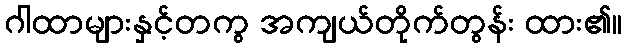
ဂါထာများနှင့်တကွ အကျယ်တိုက်တွန်း ထား၏။